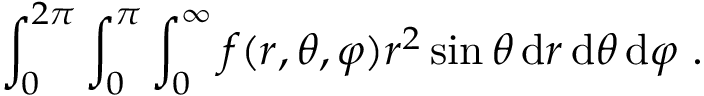
\int _ { 0 } ^ { 2 \pi } \int _ { 0 } ^ { \pi } \int _ { 0 } ^ { \infty } f ( r , \theta , \varphi ) r ^ { 2 } \sin \theta \, \mathrm { d } r \, \mathrm { d } \theta \, \mathrm { d } \varphi ~ .